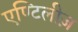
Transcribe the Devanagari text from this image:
एण्टिलीज़